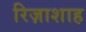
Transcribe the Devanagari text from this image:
रिज़ाशाह